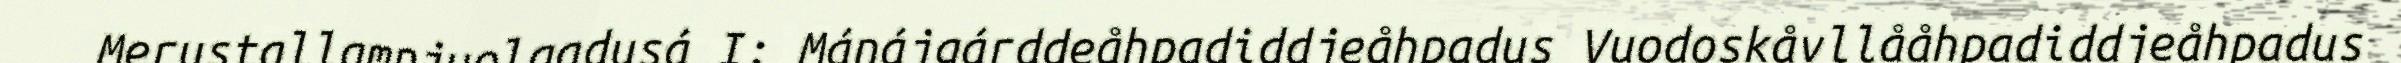
Merustallamnjuolgadusá I: Mánájgárddeåhpadiddjeåhpadus Vuodoskåvllååhpadiddjeåhpadus